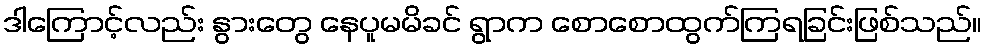
ဒါကြောင့်လည်း နွားတွေ နေပူမမိခင် ရွာက စောစောထွက်ကြရခြင်းဖြစ်သည်။